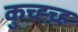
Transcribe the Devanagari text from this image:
कुच्ह्च्ह